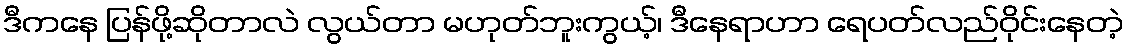
ဒီကနေ ပြန်ဖို့ဆိုတာလဲ လွယ်တာ မဟုတ်ဘူးကွယ့်၊ ဒီနေရာဟာ ရေပတ်လည်ဝိုင်းနေတဲ့